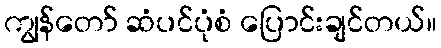
ကျွန်တော် ဆံပင်ပုံစံ ပြောင်းချင်တယ်။